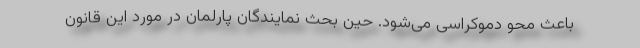
باعث محو دموکراسی می‌شود. حین بحث نمایندگان پارلمان در مورد این قانون